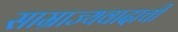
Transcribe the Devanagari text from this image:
साम्राज्यवादाची